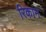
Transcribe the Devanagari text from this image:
रिकान